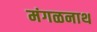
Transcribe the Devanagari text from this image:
मंगळनाथ